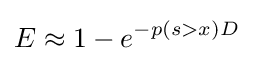
E\approx 1-e^{-p\left(s>x\right)D}